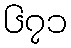
၆၇၁